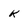
Character: K